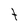
Character: t